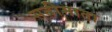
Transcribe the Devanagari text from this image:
सतीमाता